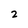
Character: 2